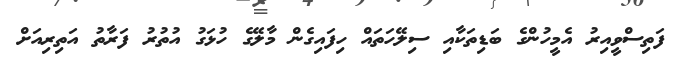
ފަތިސްވީއިރު އެމީހުންގެ ބަޑިތަކާއި ސިލޭހަތައް ހިފައިގެން މާލޭގެ ހުޅަގު އުތުރު ފަރާތު އަތިރިއަށް